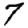
Digit: 7